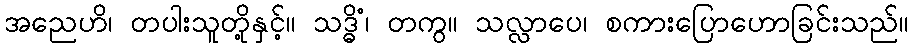
အညေဟိ၊ တပါးသူတို့နှင့်။ သဒ္ဓိံ၊ တကွ။ သလ္လာပေ၊ စကားပြောဟောခြင်းသည်။